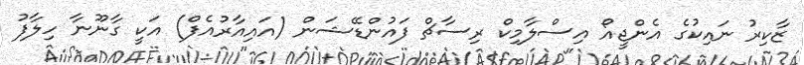
ޒާކިރު ނައިކުގެ އެންޖީއޯ އިސްލާމިކް ރިސާޗް ފައުންޑޭޝަން (އައިއާރުއެފް) އަކީ ގާނޫނާ ހިލާފު